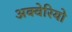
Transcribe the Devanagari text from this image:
अक्वेरियो